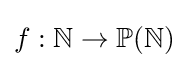
f:\mathbb {N} \to \mathbb {P} (\mathbb {N} )